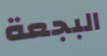
البجعة